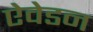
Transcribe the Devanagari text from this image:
ऐवेडन